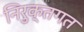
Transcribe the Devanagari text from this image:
निरुक्तगत